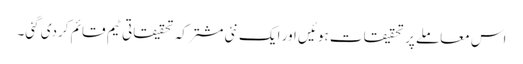
اس معاملے پر تحقیقات ہوئیں اور ایک نئی مشترکہ تحقیقاتی ٹیم قائم کردی گئی۔